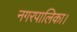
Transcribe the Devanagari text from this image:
नगरपालिका।